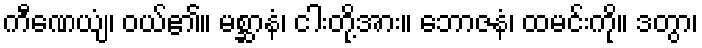
ကီဏေယျံ၊ ဝယ်၏။ မစ္ဆာနံ၊ ငါးတို့အား။ ဘောဇနံ၊ ထမင်းကို။ ဒတွာ၊